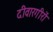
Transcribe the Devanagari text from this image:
दीवारगीरों